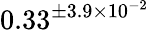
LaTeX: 0.33^{\pm 3.9\times 10^{-2}}